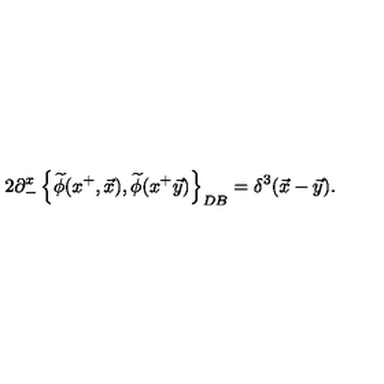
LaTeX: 2 \partial _ { - } ^ { x } \left\{ \widetilde { \phi } ( x ^ { + } , \vec { x } ) , \widetilde { \phi } ( x ^ { + } \vec { y } ) \right\} _ { D B } = \delta ^ { 3 } ( \vec { x } - \vec { y } ) .